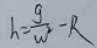
h = \frac { g } { w ^ { 2 } } - R